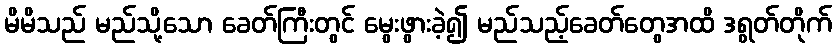
မိမိသည် မည်သို့သော ခေတ်ကြီးတွင် မွေးဖွားခဲ့၍ မည်သည့်ခေတ်တွေအထိ ဒရွတ်တိုက်